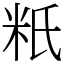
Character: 䉻